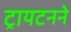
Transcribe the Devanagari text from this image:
ट्रायटनने